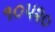
૧૦૫૨૦